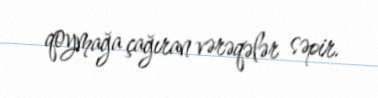
qoymağa çağıran vərəqələr səpir.